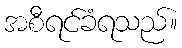
အစီရင်ခံရသည်။